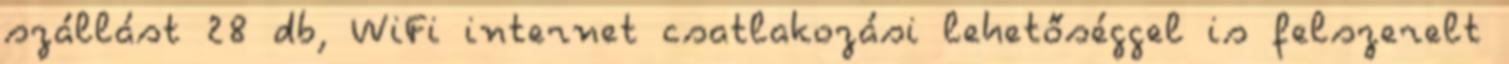
szállást 28 db, WiFi internet csatlakozási lehetőséggel is felszerelt